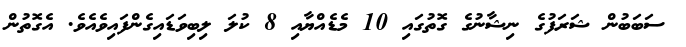
ސަބަބުން ޝަރަފުގެ ނިޝާނުގެ ގޮތުގައި 10 މެޑެއްޔާއި 8 ކުލަ ލިބިވަޑައިގެންފައިވެއެވެ. އެގޮތުން